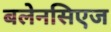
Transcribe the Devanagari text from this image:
बलेनसिएज